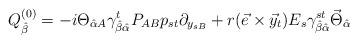
LaTeX: \begin{align*}Q_{\hat{\beta}}^{(0)} = - i \Theta_{\hat{\alpha} A}\gamma^{t}_{\hat{\beta} \hat{\alpha}} P_{AB} p_{st} \partial_{y_{sB}} + r( \vec{e}\times \vec{y}_t ) E_s \gamma^{st}_{\hat{\beta} \hat{\alpha}}\vec{\Theta}_{\hat{\alpha}} \end{align*}